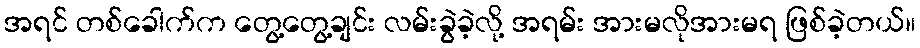
အရင် တစ်ခေါက်က တွေ့တွေ့ချင်း လမ်းခွဲခဲ့လို့ အရမ်း အားမလိုအားမရ ဖြစ်ခဲ့တယ်။